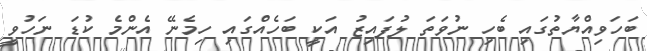
ބަހަވިއްޔާތުގައި ބެހި ނުވަތަ ލުފައިޒު އަކީ ބަހެއްގައި ހިމެނޭ އެންމެ ކުޑަ ނަހުވީ